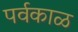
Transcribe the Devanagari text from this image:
पर्वकाळ